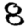
Digit: 8